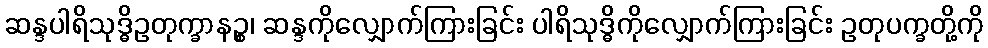
ဆန္ဒပါရိသုဒ္ဓိဥတုက္ခာနဉ္စ၊ ဆန္ဒကိုလျှောက်ကြားခြင်း ပါရိသုဒ္ဓိကိုလျှောက်ကြားခြင်း ဥတုပက္ခတို့ကို